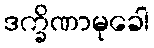
ဒက္ခိဏာမုခေါ